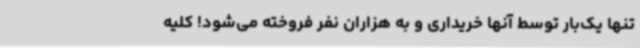
تنها یک‌بار توسط آنها خریداری و به هزاران نفر فروخته می‌شود! کلیه